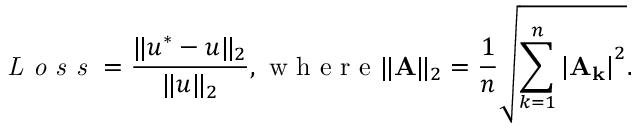
\textit { L o s s } = \frac { \| u ^ { * } - u \| _ { 2 } } { \| u \| _ { 2 } } , \mathrm { ~ w ~ h ~ e ~ r ~ e ~ } \| \mathbf { A } \| _ { 2 } = \frac { 1 } { n } \sqrt { \sum _ { k = 1 } ^ { n } \left| \mathbf { A } _ { \mathbf { k } } \right| ^ { 2 } } .